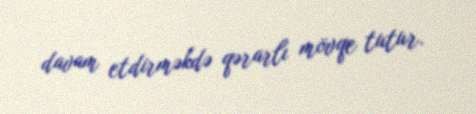
davam etdirməkdə qərarlı mövqe tutur.